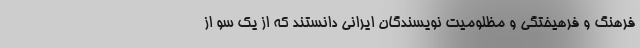
فرهنگ و فرهیختگی و مظلومیت نویسندگان ایرانی دانستند که از یک سو از